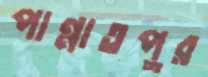
পান্নাতপুর